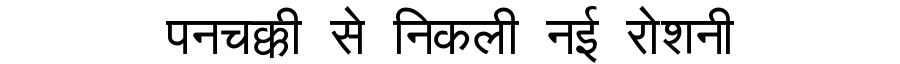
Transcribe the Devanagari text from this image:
पनचक्की से निकली नई रोशनी